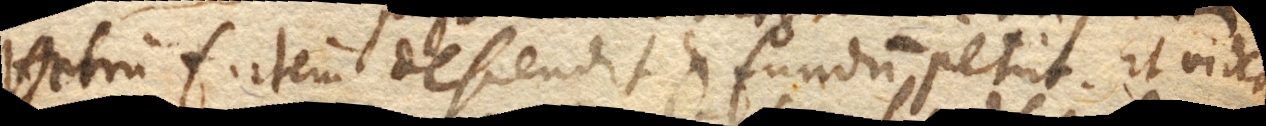
Vitrum f. iterum descendit et fundum petit. Et videa–